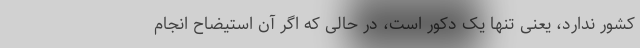
کشور ندارد، یعنی تنها یک دکور است، در حالی که اگر آن استیضاح انجام